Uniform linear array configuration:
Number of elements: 48
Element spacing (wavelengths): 1
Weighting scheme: exponential
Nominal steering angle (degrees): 60
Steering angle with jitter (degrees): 58.51
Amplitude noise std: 0.05
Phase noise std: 0.05

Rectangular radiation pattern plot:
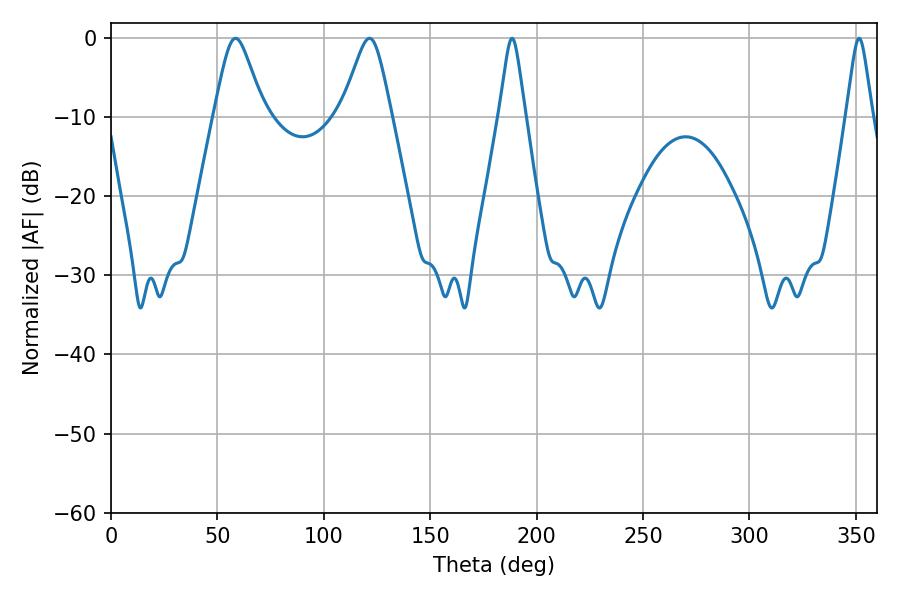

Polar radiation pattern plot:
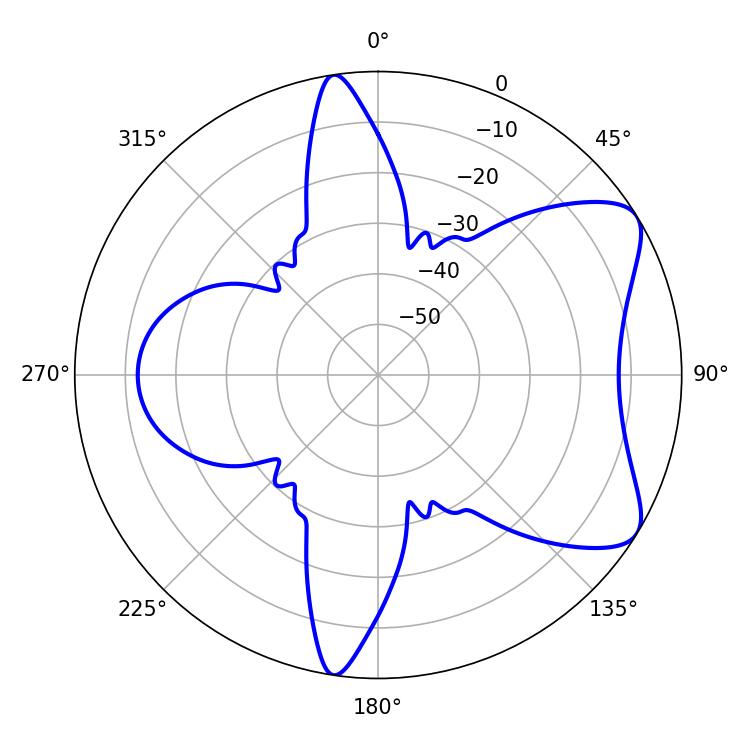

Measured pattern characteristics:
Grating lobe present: TRUE
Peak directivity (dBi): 7.295
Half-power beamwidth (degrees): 5.76
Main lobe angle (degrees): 188.46